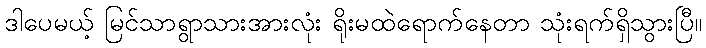
ဒါပေမယ့် မြင်သာရွာသားအားလုံး ရိုးမထဲရောက်နေတာ သုံးရက်ရှိသွားပြီ။